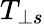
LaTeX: T_{\perp s}